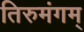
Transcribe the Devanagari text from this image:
तिरुमंगम्‌